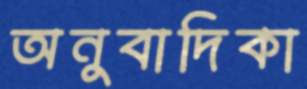
অনুবাদিকা